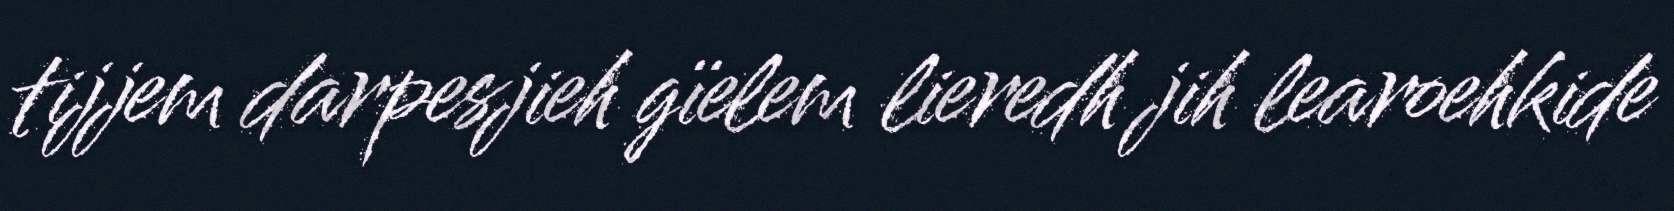
tijjem darpesjieh gïelem lieredh jih learoehkide